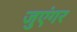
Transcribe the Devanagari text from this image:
जुएंगर